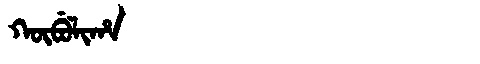
Manchu: ᡴᡡᠪᡠᠯᡳᡥᠠ
Romanization: KŪBULIHA